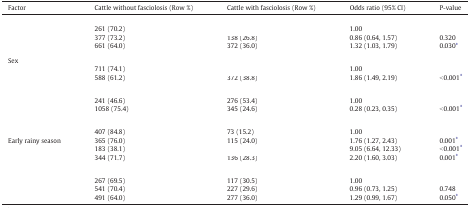
<table><thead><tr><td><b>Factor</b></td><td><b>Cattle without fasciolosis (Row %)</b></td><td><b>Cattle with fasciolosis (Row %)</b></td><td><b>Odds ratio (95% CI)</b></td><td><b>P-value</b></td></tr></thead><tbody><tr><td colspan="5">[EMPTY_CELL]</td></tr><tr><td>[EMPTY_CELL]</td><td>261 (70.2)</td><td>[EMPTY_CELL]</td><td>1.00</td><td>[EMPTY_CELL]</td></tr><tr><td>[EMPTY_CELL]</td><td>377 (73.2)</td><td>138 (26.8)</td><td>0.86 (0.64, 1.57)</td><td>0.320</td></tr><tr><td>[EMPTY_CELL]</td><td>661 (64.0)</td><td>372 (36.0)</td><td>1.32 (1.03, 1.79)</td><td>0.030⁎</td></tr><tr><td colspan="5">[EMPTY_CELL]</td></tr><tr><td colspan="5">Sex</td></tr><tr><td>[EMPTY_CELL]</td><td>711 (74.1)</td><td>[EMPTY_CELL]</td><td>1.00</td><td>[EMPTY_CELL]</td></tr><tr><td>[EMPTY_CELL]</td><td>588 (61.2)</td><td>372 (38.8)</td><td>1.86 (1.49, 2.19)</td><td>&lt; 0.001⁎</td></tr><tr><td colspan="5">[EMPTY_CELL]</td></tr><tr><td colspan="5">[EMPTY_CELL]</td></tr><tr><td>[EMPTY_CELL]</td><td>241 (46.6)</td><td>276 (53.4)</td><td>1.00</td><td>[EMPTY_CELL]</td></tr><tr><td>[EMPTY_CELL]</td><td>1058 (75.4)</td><td>345 (24.6)</td><td>0.28 (0.23, 0.35)</td><td>&lt; 0.001⁎</td></tr><tr><td colspan="5">[EMPTY_CELL]</td></tr><tr><td colspan="5">[EMPTY_CELL]</td></tr><tr><td>[EMPTY_CELL]</td><td>407 (84.8)</td><td>73 (15.2)</td><td>1.00</td><td>[EMPTY_CELL]</td></tr><tr><td>Early rainy season</td><td>365 (76.0)</td><td>115 (24.0)</td><td>1.76 (1.27, 2.43)</td><td>0.001⁎</td></tr><tr><td>[EMPTY_CELL]</td><td>183 (38.1)</td><td>[EMPTY_CELL]</td><td>9.05 (6.64, 12.33)</td><td>&lt; 0.001⁎</td></tr><tr><td>[EMPTY_CELL]</td><td>344 (71.7)</td><td>136 (28.3)</td><td>2.20 (1.60, 3.03)</td><td>0.001⁎</td></tr><tr><td colspan="5">[EMPTY_CELL]</td></tr><tr><td colspan="5">[EMPTY_CELL]</td></tr><tr><td>[EMPTY_CELL]</td><td>267 (69.5)</td><td>117 (30.5)</td><td>1.00</td><td>[EMPTY_CELL]</td></tr><tr><td>[EMPTY_CELL]</td><td>541 (70.4)</td><td>227 (29.6)</td><td>0.96 (0.73, 1.25)</td><td>0.748</td></tr><tr><td>[EMPTY_CELL]</td><td>491 (64.0)</td><td>277 (36.0)</td><td>1.29 (0.99, 1.67)</td><td>0.050⁎</td></tr></tbody></table>